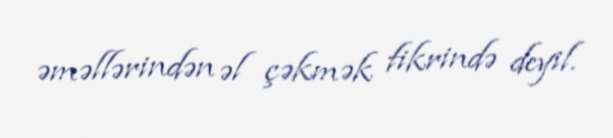
əməllərindən əl çəkmək fikrində deyil.